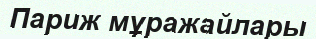
Париж мұражайлары